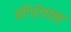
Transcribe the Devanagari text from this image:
काँग्रेससह